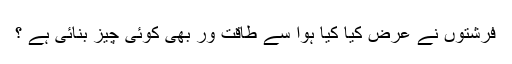
فرشتوں نے عرض کیا کیا ہوا سے طاقت ور بھی کوئی چیز بنائی ہے ؟